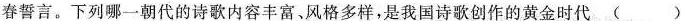
春誓言。下列哪一朝代的诗歌内容丰富、风格多样，是我国诗歌创作的黄金时代()